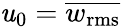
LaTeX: \mathit{u}_{0}=\overline{{{w_{\mathrm{{rms}}}}}}